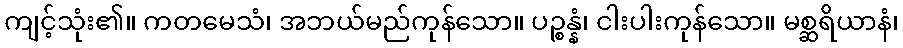
ကျင့်သုံး၏။ ကတမေသံ၊ အဘယ်မည်ကုန်သော။ ပဉ္စန္နံ၊ ငါးပါးကုန်သော။ မစ္ဆရိယာနံ၊